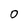
Character: 0